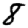
Digit: 8